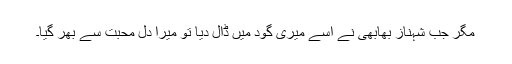
مگر جب شہناز بھابھی نے اسے میری گود میں ڈال دیا تو میرا دل محبت سے بھر گیا۔